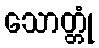
သောတ္တုံ